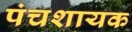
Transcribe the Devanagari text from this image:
पंचशायक